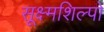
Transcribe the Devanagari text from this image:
सूक्ष्मशिल्पों